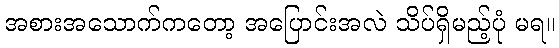
အစားအသောက်ကတော့ အပြောင်းအလဲ သိပ်ရှိမည့်ပုံ မရ။